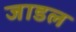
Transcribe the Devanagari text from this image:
जाडल